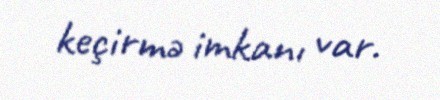
keçirmə imkanı var.